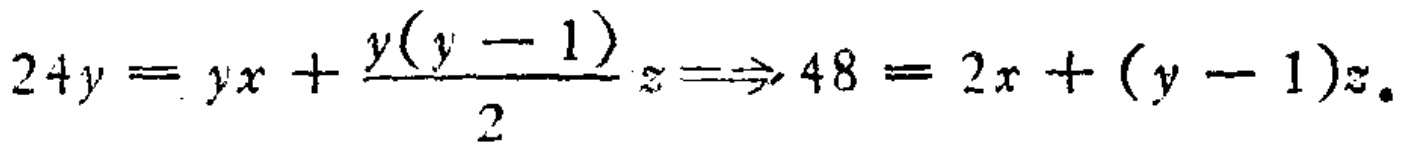
$24y = yx+\frac{y(y - 1)}{2}z\Rightarrow48 = 2x+(y - 1)z.$